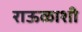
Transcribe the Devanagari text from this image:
राऊळाशी